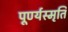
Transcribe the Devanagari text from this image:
पूर्ण्यस्मृति